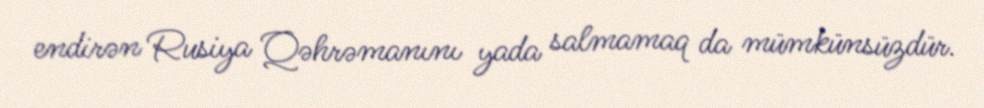
endirən Rusiya Qəhrəmanını yada salmamaq da mümkünsüzdür.